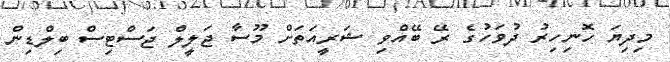
މިދިޔަ ހޮނިހިރު ދުވަހުގެ ރޭ ބޭއްވި ޝަރީއަތަށް މޫސާ ޖަލީލް ޖަސްޓިސް ބިލްޑިން